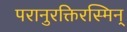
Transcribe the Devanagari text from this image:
परानुरक्तिरस्मिन्‌